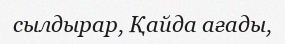
сылдырар, Қайда ағады,